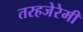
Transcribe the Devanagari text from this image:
तरहजेरेमी